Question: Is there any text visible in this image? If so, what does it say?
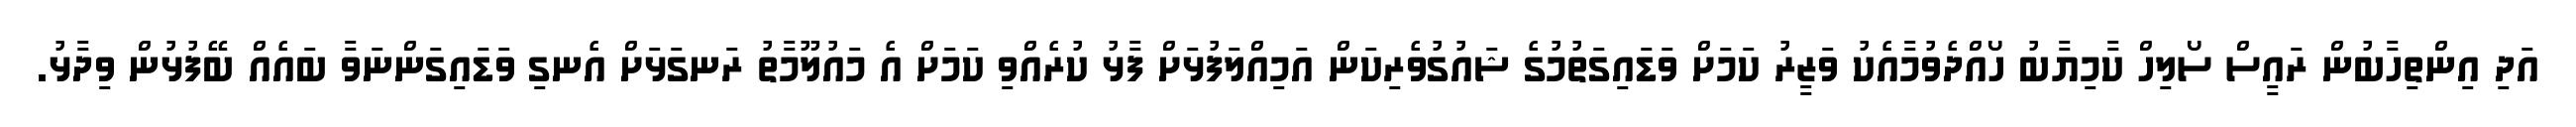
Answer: އަދި އިންތިހާބުން ރައީސް ސޯލިހް ކާމިޔާބު ހޯއްދެވުމާއެކު ވަޒީރު ކަމަށް ވަޑައިގަތުމުގެ ޝައުގުވެރިކަން އަމިއްލަފުޅަށް ފާޅު ކުރެއްވި ކަމަށް އެ މައުލޫމާތު ރަނގަޅަށް އެނގި ވަޑައިގަންނަވާ ބައެއް ބޭފުޅުން ވިދާޅު.